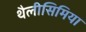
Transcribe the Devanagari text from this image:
थैलीसिमिया